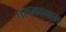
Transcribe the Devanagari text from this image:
पराभवनाम